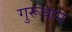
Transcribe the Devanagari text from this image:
गुरूधाम